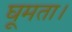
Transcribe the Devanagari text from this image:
घूमता।